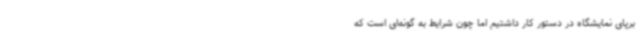
برپای نمایشگاه در دستور کار داشتیم اما چون شرایط به گونه‌ای است که